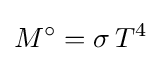
M^{\circ }=\sigma \,T^{4}